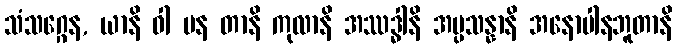
သံသဂ္ဂေန, ယာနိ ဝါ ပန တာနိ ကုလာနိ အဿဒ္ဓါနိ အပ္ပသန္နာနိ အနောပါနဘူတာနိ